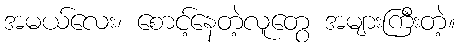
အမယ်လေး၊ စောင့်နေတဲ့လူတွေ အများကြီးတဲ့။